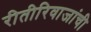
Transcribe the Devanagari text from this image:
रीतीरिवाजांची